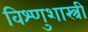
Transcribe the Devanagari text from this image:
विश्णुशास्त्री